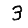
Digit: 3